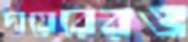
দায়েরেরও